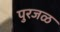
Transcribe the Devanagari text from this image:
पुरजळ